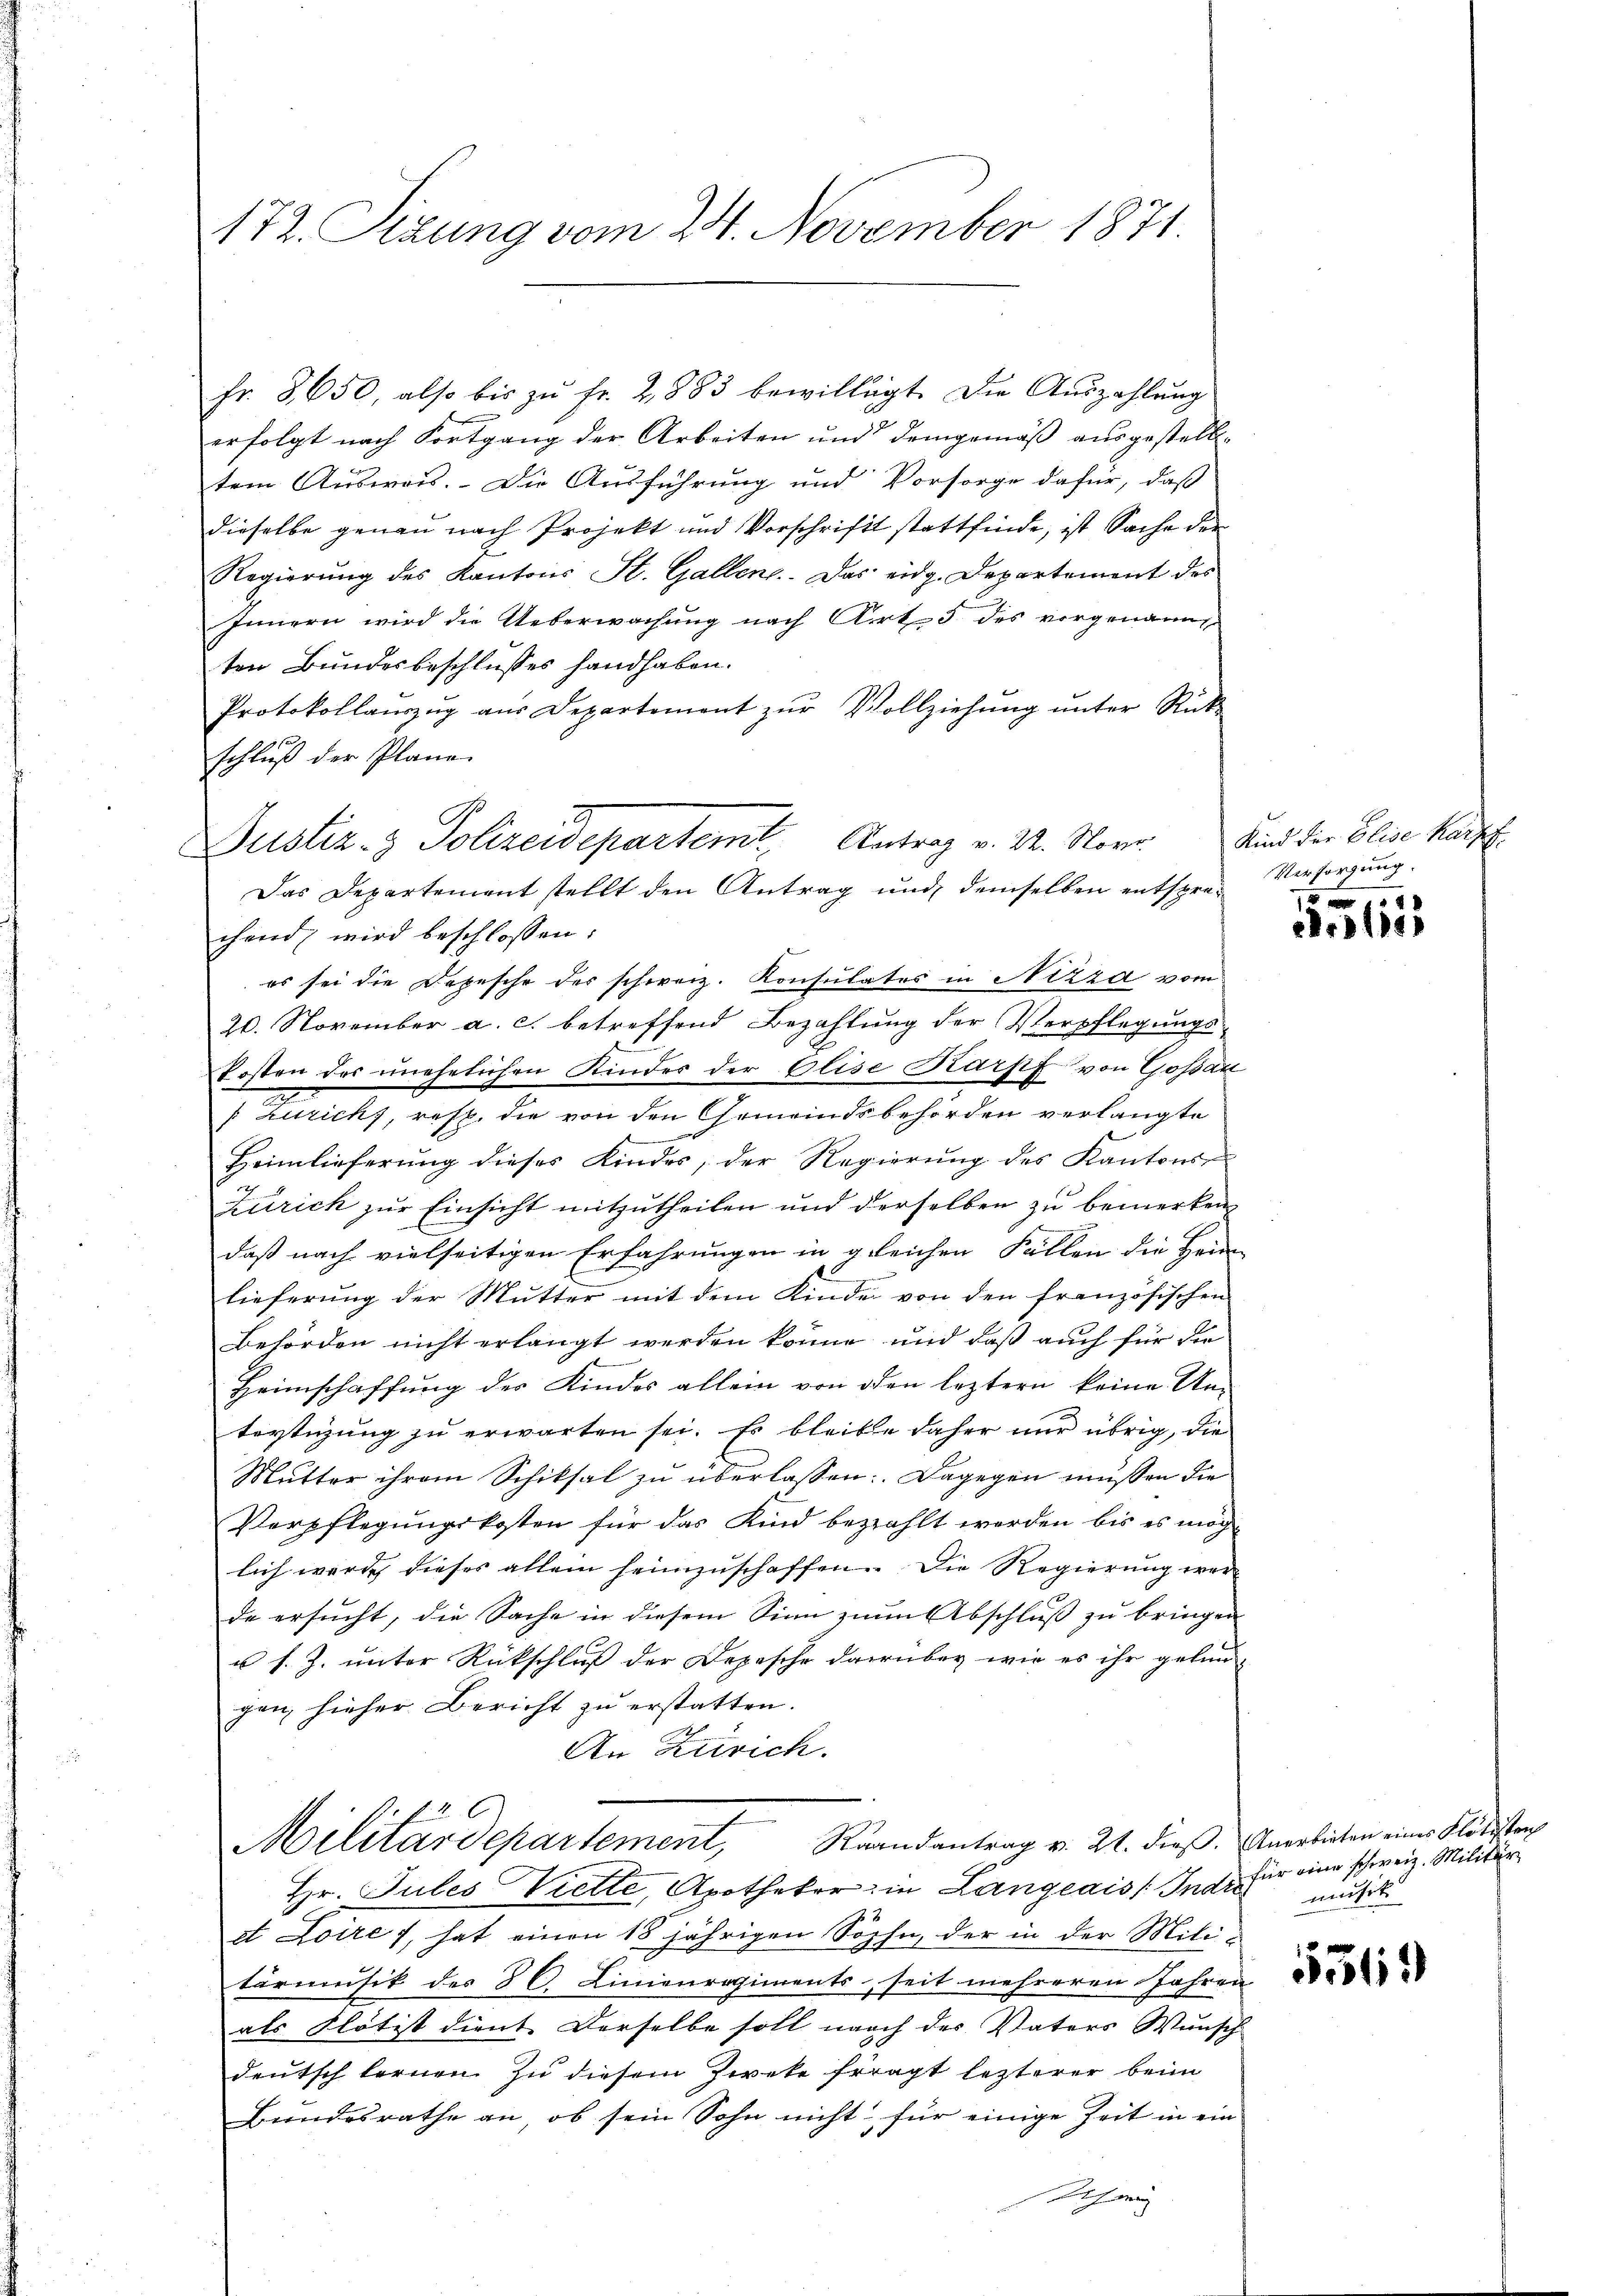
172. Szung vom 24. November 1871.

fr. 8650, also bis zŭ fr. 2883 bewilligt. Die Auszahlung
l
erfolgt nach Fortgang der Arbeiten und demgemäß ausgestelltem Ausweis. Die Ausführung und Vorsorge dafür, daß
dieselbe genau nach Projekt und Vorschrift stattfinde, ist Sache der
2
Regierung des Kantons St. Gallen. Das eidg. Departement des
Innern wird die Ueberwachung nach Art. 3 des vorgenannt
ten Bundesbeschlusses handhaben.
Protokollaŭszŭg aŭs Departement zŭr Vollziehŭng ŭnter Rück-
schluß der Plane.
chend wird beschlossen:
es sei die Depesche des schweiz. Konsulates in Nizza vom
20. November a. c. betreffend Bezahlung der Verpflegungs-
Posten des unehelichen Kinder der Elise Karpf von Gossau
Zurichs, resp. die von den Gemeindsbehörden verlangte
e
Heimlieferŭng dieses Kindes, der Regierŭng des Kantons
Zürich zur Einsicht mitzutheilen und derselben zu bemerken
daß nach vielseitigen Erfahrungen in gleichen Fällen die Heim
lieferung der Mutter mit dem Kinde von den französischen
Behörden nicht erlangt werden könne, und daß auch für die
Heimschaffŭng des Kindes allein von den leztern keine Un-
tertigung zu erwarten sei. Es bleibe daher nur übrig, die
Mutter ihrem Schiksal zu überlassen: Dagegen müssen die
Verpflegungskosten für das Kind bezahlt werden bis es möglich wurde dieses allein heimzuschaffen. Die Regierung werde ersucht, die Sache in diesem Sinn zum Abschluß zu bringen
u s. Z. unter Rückschluß der Depesche darüber wie es ihr gelun-
gen hieher Bericht zu erstatten.
An Zürich.
Militärdepartement, Raandantrag v. 21. dieβ. Anerbieten eines Flötisten
Hr. Jules Vielle, Apotheker in Langeais. Indre muß
et Loires, hat einen 18 jährigen Sohn, der in der Miti
tärmusik des 86. Linienregiments, seit mehreren Jahren
als Flötist dient Derselbe soll nach der Vaters Wunsch
deutsch fernen. Zu diesem Zweke fragt lezterer beim
Bundesrathe an, ob sein Sohn nicht für einige Zeit in ein
Schani

2
Justiz- & Polizeidepartem Antrag v. 22. Nove
Das Departement stellt den Antrag und demselben entspre-Versorgung.

Kind der Elise kauf

4
er

für eine schweiz. Militär

536